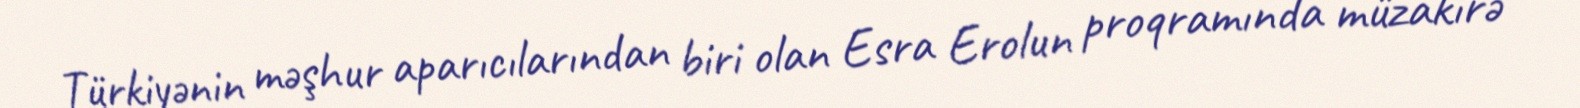
Türkiyənin məşhur aparıcılarından biri olan Esra Erolun proqramında müzakirə